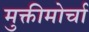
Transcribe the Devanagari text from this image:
मुक्तीमोर्चा